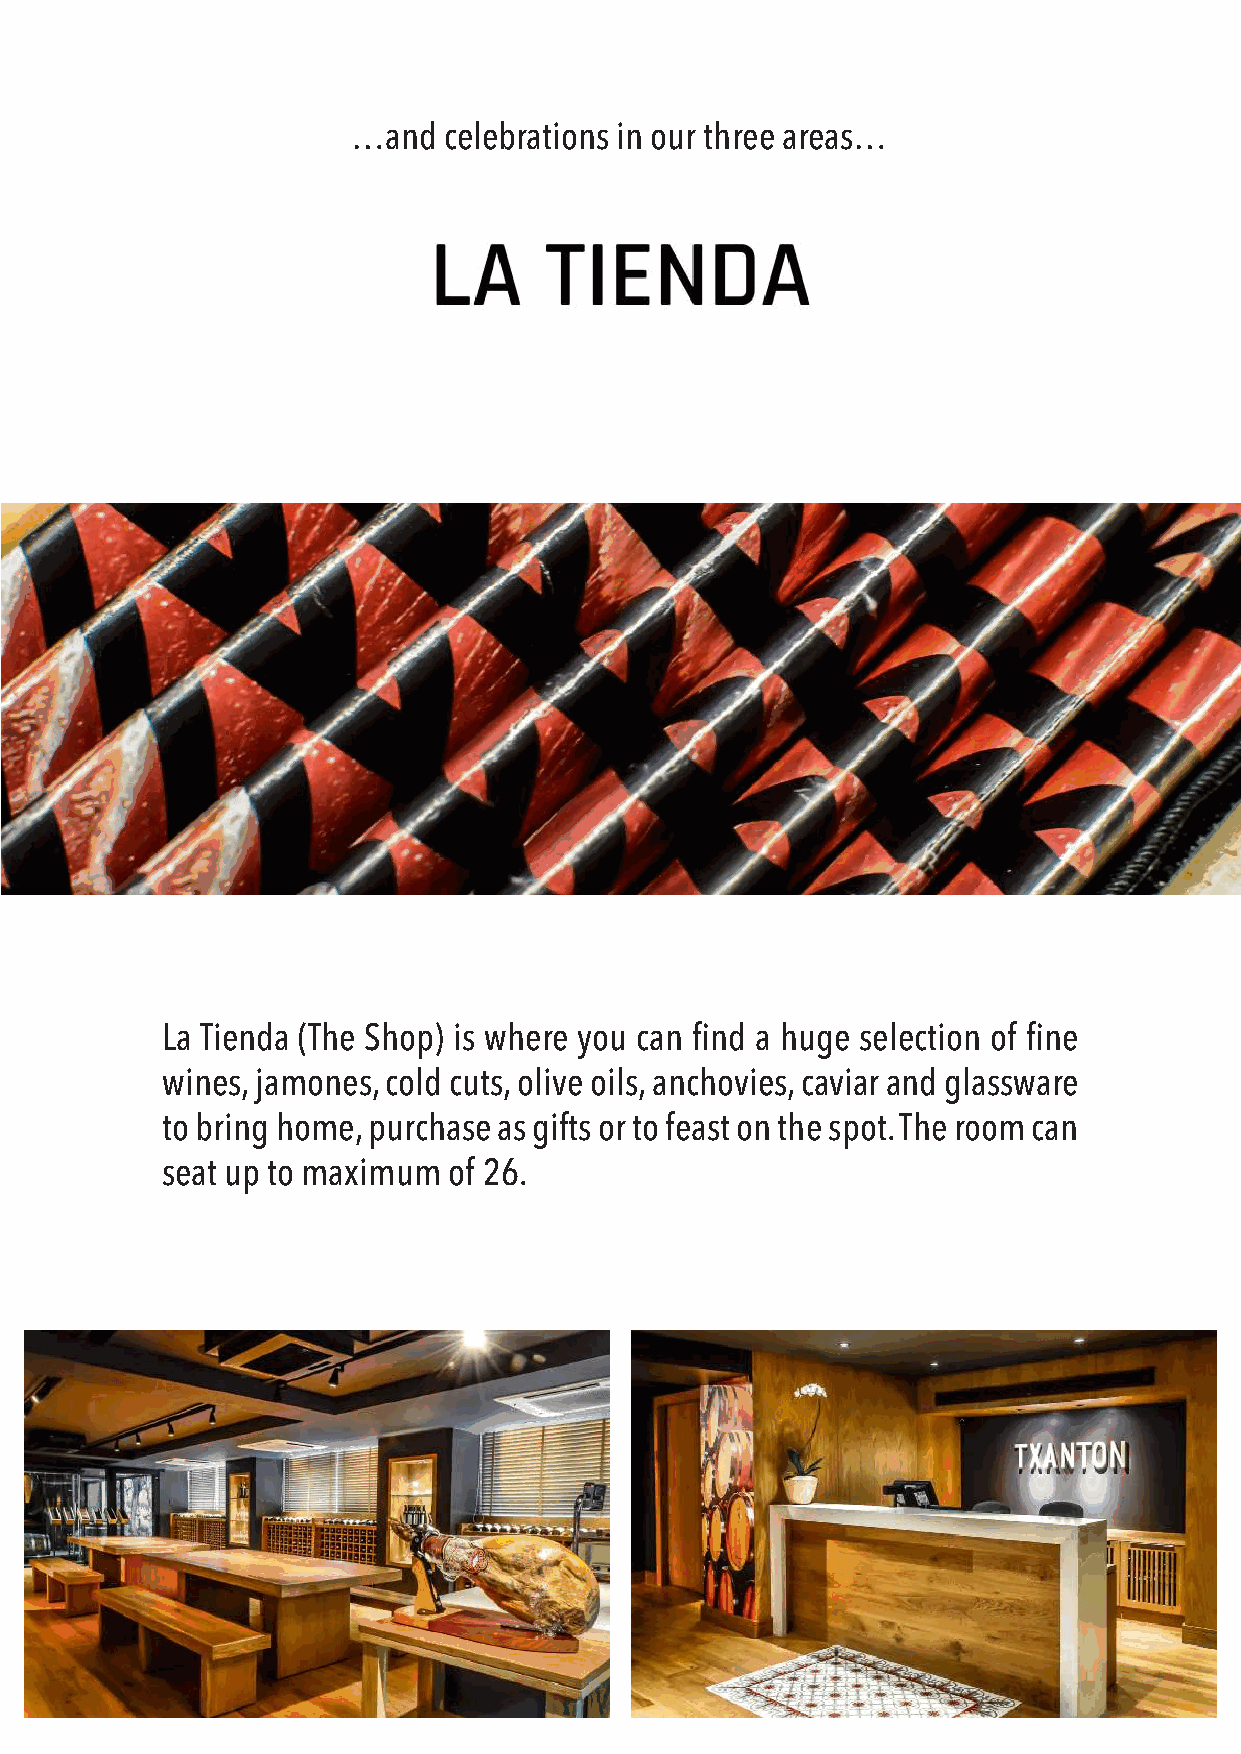
…and  celebrations in our three areas…
 La Tienda (The Shop) is where you can find a huge selection of fine
 wines, jamones, cold cuts, olive oils, anchovies, caviar and glassware
 to bring home, purchase as gifts or to feast on the spot. The room can
 seat up to maximum of 26.